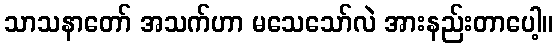
သာသနာတော် အသက်ဟာ မသေသော်လဲ အားနည်းတာပေါ့။